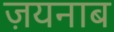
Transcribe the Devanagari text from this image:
ज़यनाब